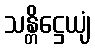
သန္တိဋ္ဌေယျံ